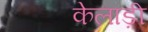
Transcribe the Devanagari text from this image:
केलाड़ी